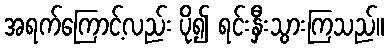
အရက်ကြောင့်လည်း ပို၍ ရင်းနှီးသွားကြသည်။